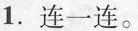
1. 连一连。